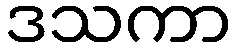
ဒသကာ